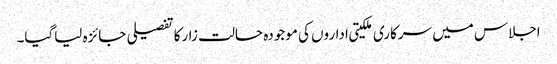
اجلاس میں سرکاری ملکیتی اداروں کی موجودہ حالت زارکاتفصیلی جائزہ لیاگیا۔